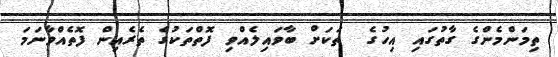
ތިމަންމެންގެ ގާތުގައި އިހުގެ  ތަކަށް ބާވައިލެއްވި ފޮތްތަކުގެ ތެރެއިން ފޮތެއްވާނަމަ